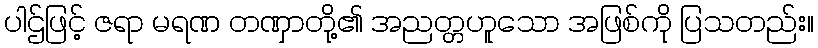
ပါဌ်ဖြင့် ဇရာ မရဏ တဏှာတို့၏ အညတ္တဟူသော အဖြစ်ကို ပြသတည်း။